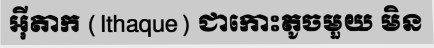
អ៊ីតាក (Ithaque) ជាកោះតូចមួយ មិន